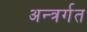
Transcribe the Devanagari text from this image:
अन्त्रर्गत